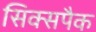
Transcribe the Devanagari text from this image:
सिक्सपैक